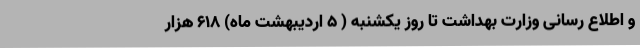
و اطلاع رسانی وزارت بهداشت تا روز یکشنبه ( ۵ اردیبهشت ماه) ۶۱۸ هزار